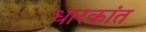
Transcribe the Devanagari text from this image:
धारकांत